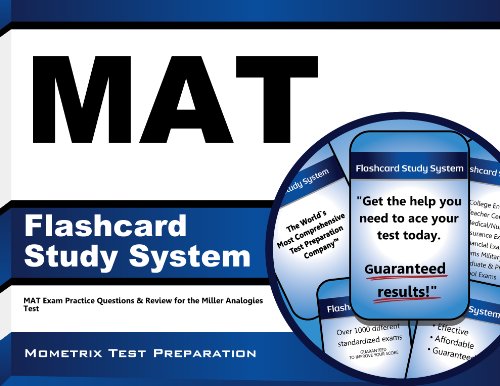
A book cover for MAT Flashcard Study System: MAT Exam Practice Questions & Review for the Miller Analogies Test (Cards); MAT Exam Secrets Test Prep Team; Test Preparation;